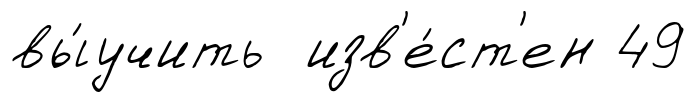
вы́учить изв'е́ст'ен 49